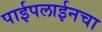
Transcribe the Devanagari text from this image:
पाईपलाईनचा